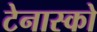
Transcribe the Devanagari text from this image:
टेनास्को